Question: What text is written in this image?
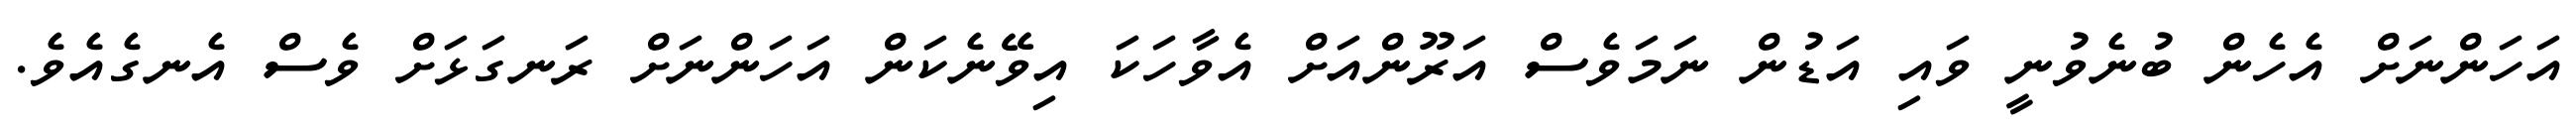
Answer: އަހަންނަށް އެހެން ބުނެވުނީ ވައި އަޑުން ނަމަވެސް އަރޫންއަށް އެވާހަކަ އިވޭނެކަން އަހަންނަށް ރަނގަޅަށް ވެސް އެނގެއެވެ.